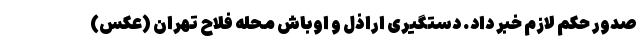
صدور حکم لازم خبر داد. دستگیری اراذل و اوباش محله فلاح تهران (عکس)